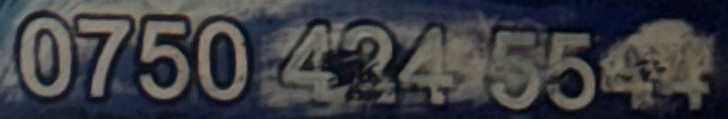
0750 434 5544